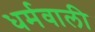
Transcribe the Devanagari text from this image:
धर्मवाली